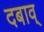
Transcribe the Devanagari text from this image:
दबाव्